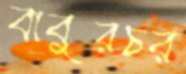
বাবুরচর